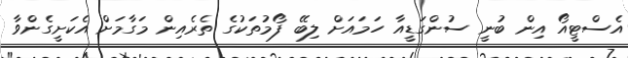
އެސްޓީއޯ އިން ބުނީ ސުންގަޑީއާ ހަމައަށް ލިބޭ ފޯމުތަކުގެ ތެރެއިން މަގާމަށް އެކަށީގެންވާ